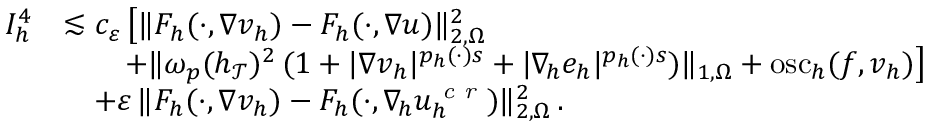
\begin{array} { r } { \begin{array} { r l } { I _ { h } ^ { 4 } } & { \lesssim c _ { \varepsilon } \, \big [ \| F _ { h } ( \cdot , \nabla v _ { h } ) - F _ { h } ( \cdot , \nabla u ) \| _ { 2 , \Omega } ^ { 2 } } \\ & { \quad \quad + \| \omega _ { p } ( h _ { \mathcal { T } } ) ^ { 2 } \, ( 1 + \vert \nabla v _ { h } \vert ^ { p _ { h } ( \cdot ) s } + \vert \nabla _ { \! h } e _ { h } \vert ^ { p _ { h } ( \cdot ) s } ) \| _ { 1 , \Omega } + \mathrm { o s c } _ { h } ( f , v _ { h } ) \big ] } \\ & { \quad + \varepsilon \, \| F _ { h } ( \cdot , \nabla v _ { h } ) - F _ { h } ( \cdot , \nabla _ { \! h } u _ { h } ^ { \textit { c r } } ) \| _ { 2 , \Omega } ^ { 2 } \, . } \end{array} } \end{array}